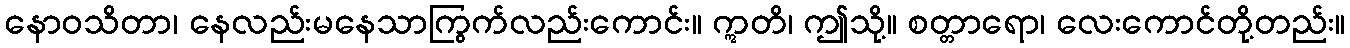
နောဝသိတာ၊ နေလည်းမနေသာကြွက်လည်းကောင်း။ ဣတိ၊ ဤသို့။ စတ္တာရော၊ လေးကောင်တို့တည်း။